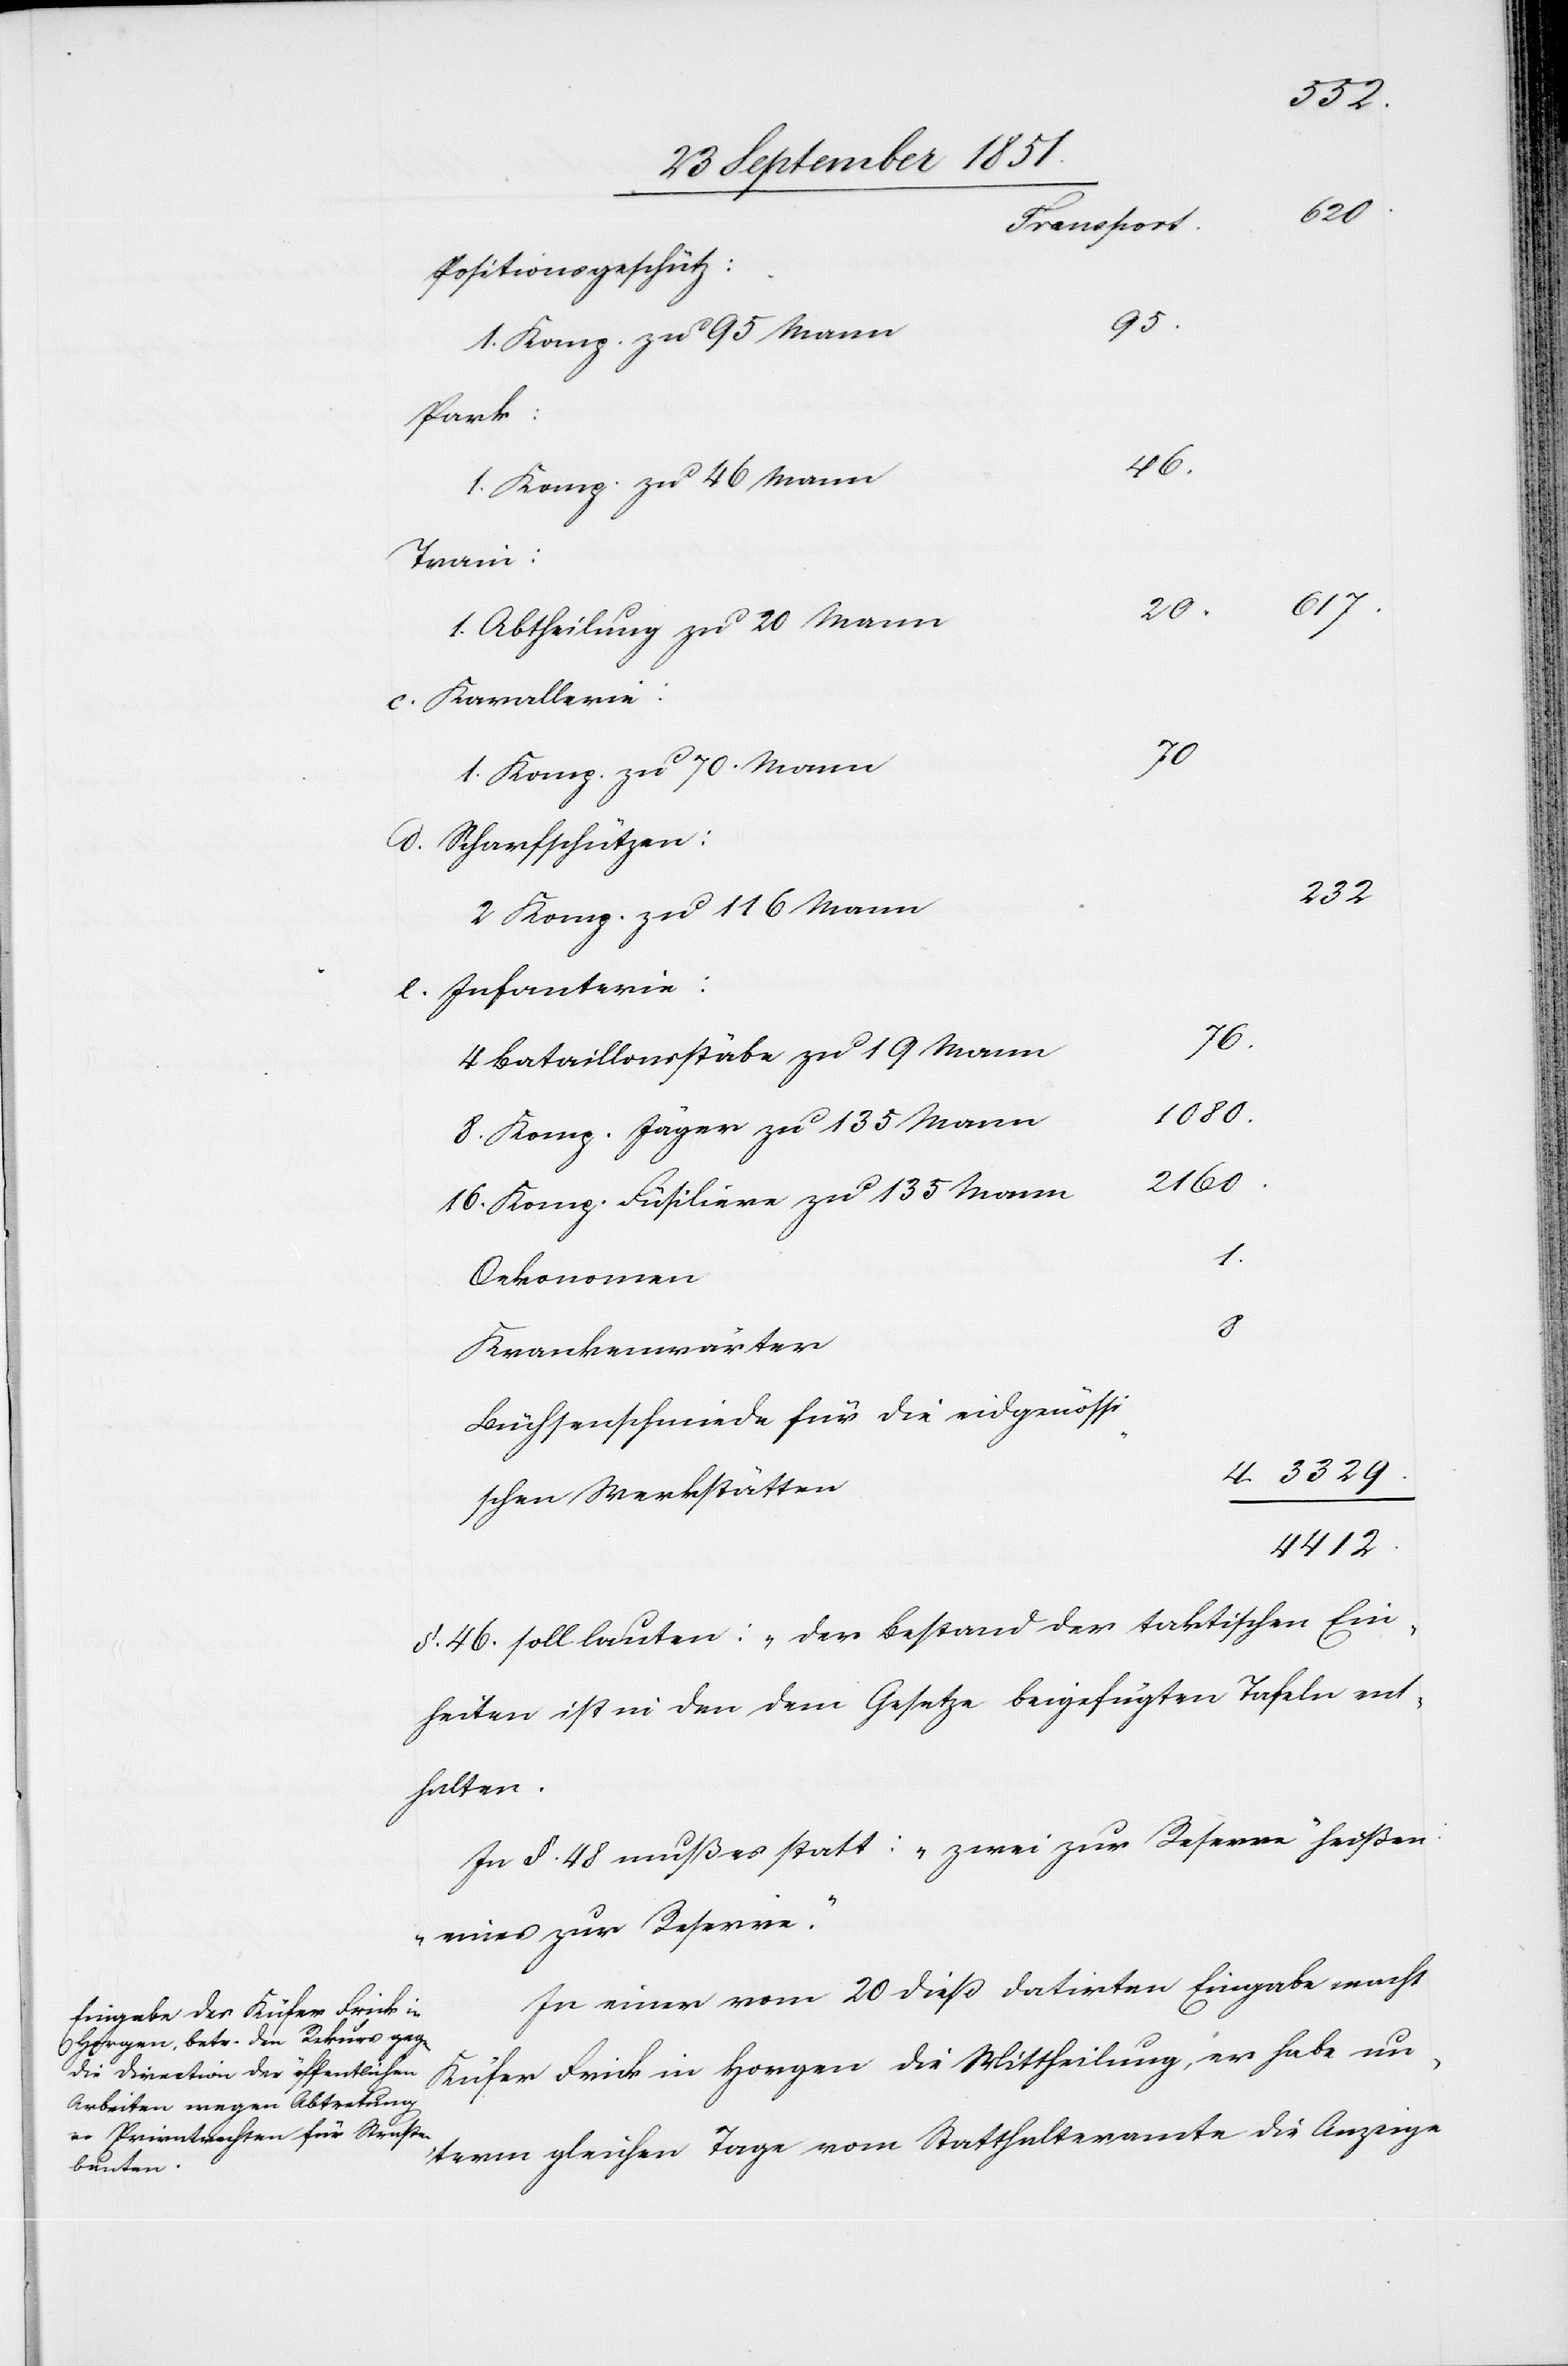
3329.
halten.[“]
Positionsgeschütz:
70
1. Komp. zu 95 Mann
Park:
76.
1. Komp. zu 46 Mann
Train:
1. Abtheilung zu 20 Mann
20.
1. Komp. zu 70. Mann
Scharfschützen:
232
2 Komp. zu 116 Mann
Infanterie:
4 Bataillonsstäbe zu 19 Mann
1080.
8. Komp. Jäger zu 135 Mann
2160.
16. Komp. Füsiliere zu 135 Mann
4.
Oekonomen
Krankenwärter
Büchsenschmiede für die eidgenössi¬
schen Werkstätten
4412.
§. 46. soll lauten: „Der Bestand der taktischen Ein¬
heiten ist in den dem Gesetze beigefügten Tafeln ent¬
In §. 48 muß es statt: „zwei zur Reserve“ heißen:
„eines zur Reserve.“
In einer vom 20 dieß datirten Eingabe macht
Küfer Frick in Horgen die Mittheilung, er habe un¬
term gleichen Tage vom Statthalteramte die Anzeige